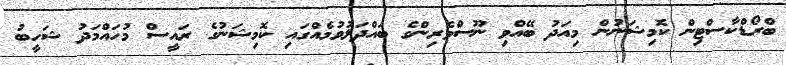
ބްރޯޑްކާސްޓިން ކޮމިޝަނުން މިއަދު ބޭއްވި ނޫސްވެރިންގެ ބައްދަލުވުމެއްގައި ކޮމިޝަނުގެ ރައީސް މުހައްމަަދު ޝަހީބު